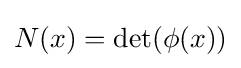
N(x)=\det(\phi (x))